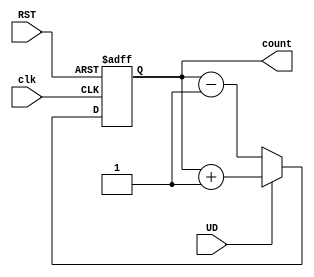
module up_down_counter (
    input wire clk,       // Clock signal (used for demonstration)
    input wire UD,       // Up/Down control signal (high for up, low for down)
    input wire RST,      // Asynchronous reset signal
    output reg [N-1:0] count // N-bit counter output
);
    parameter N = 4; // Number of bits for the counter

    always @(posedge clk or posedge RST) begin
        if (RST) begin
            count <= 0; // Reset the counter to 0
        end else begin
            if (UD) begin
                count <= count + 1; // Count up
            end else begin
                count <= count - 1; // Count down
            end
        end
    end

endmodule